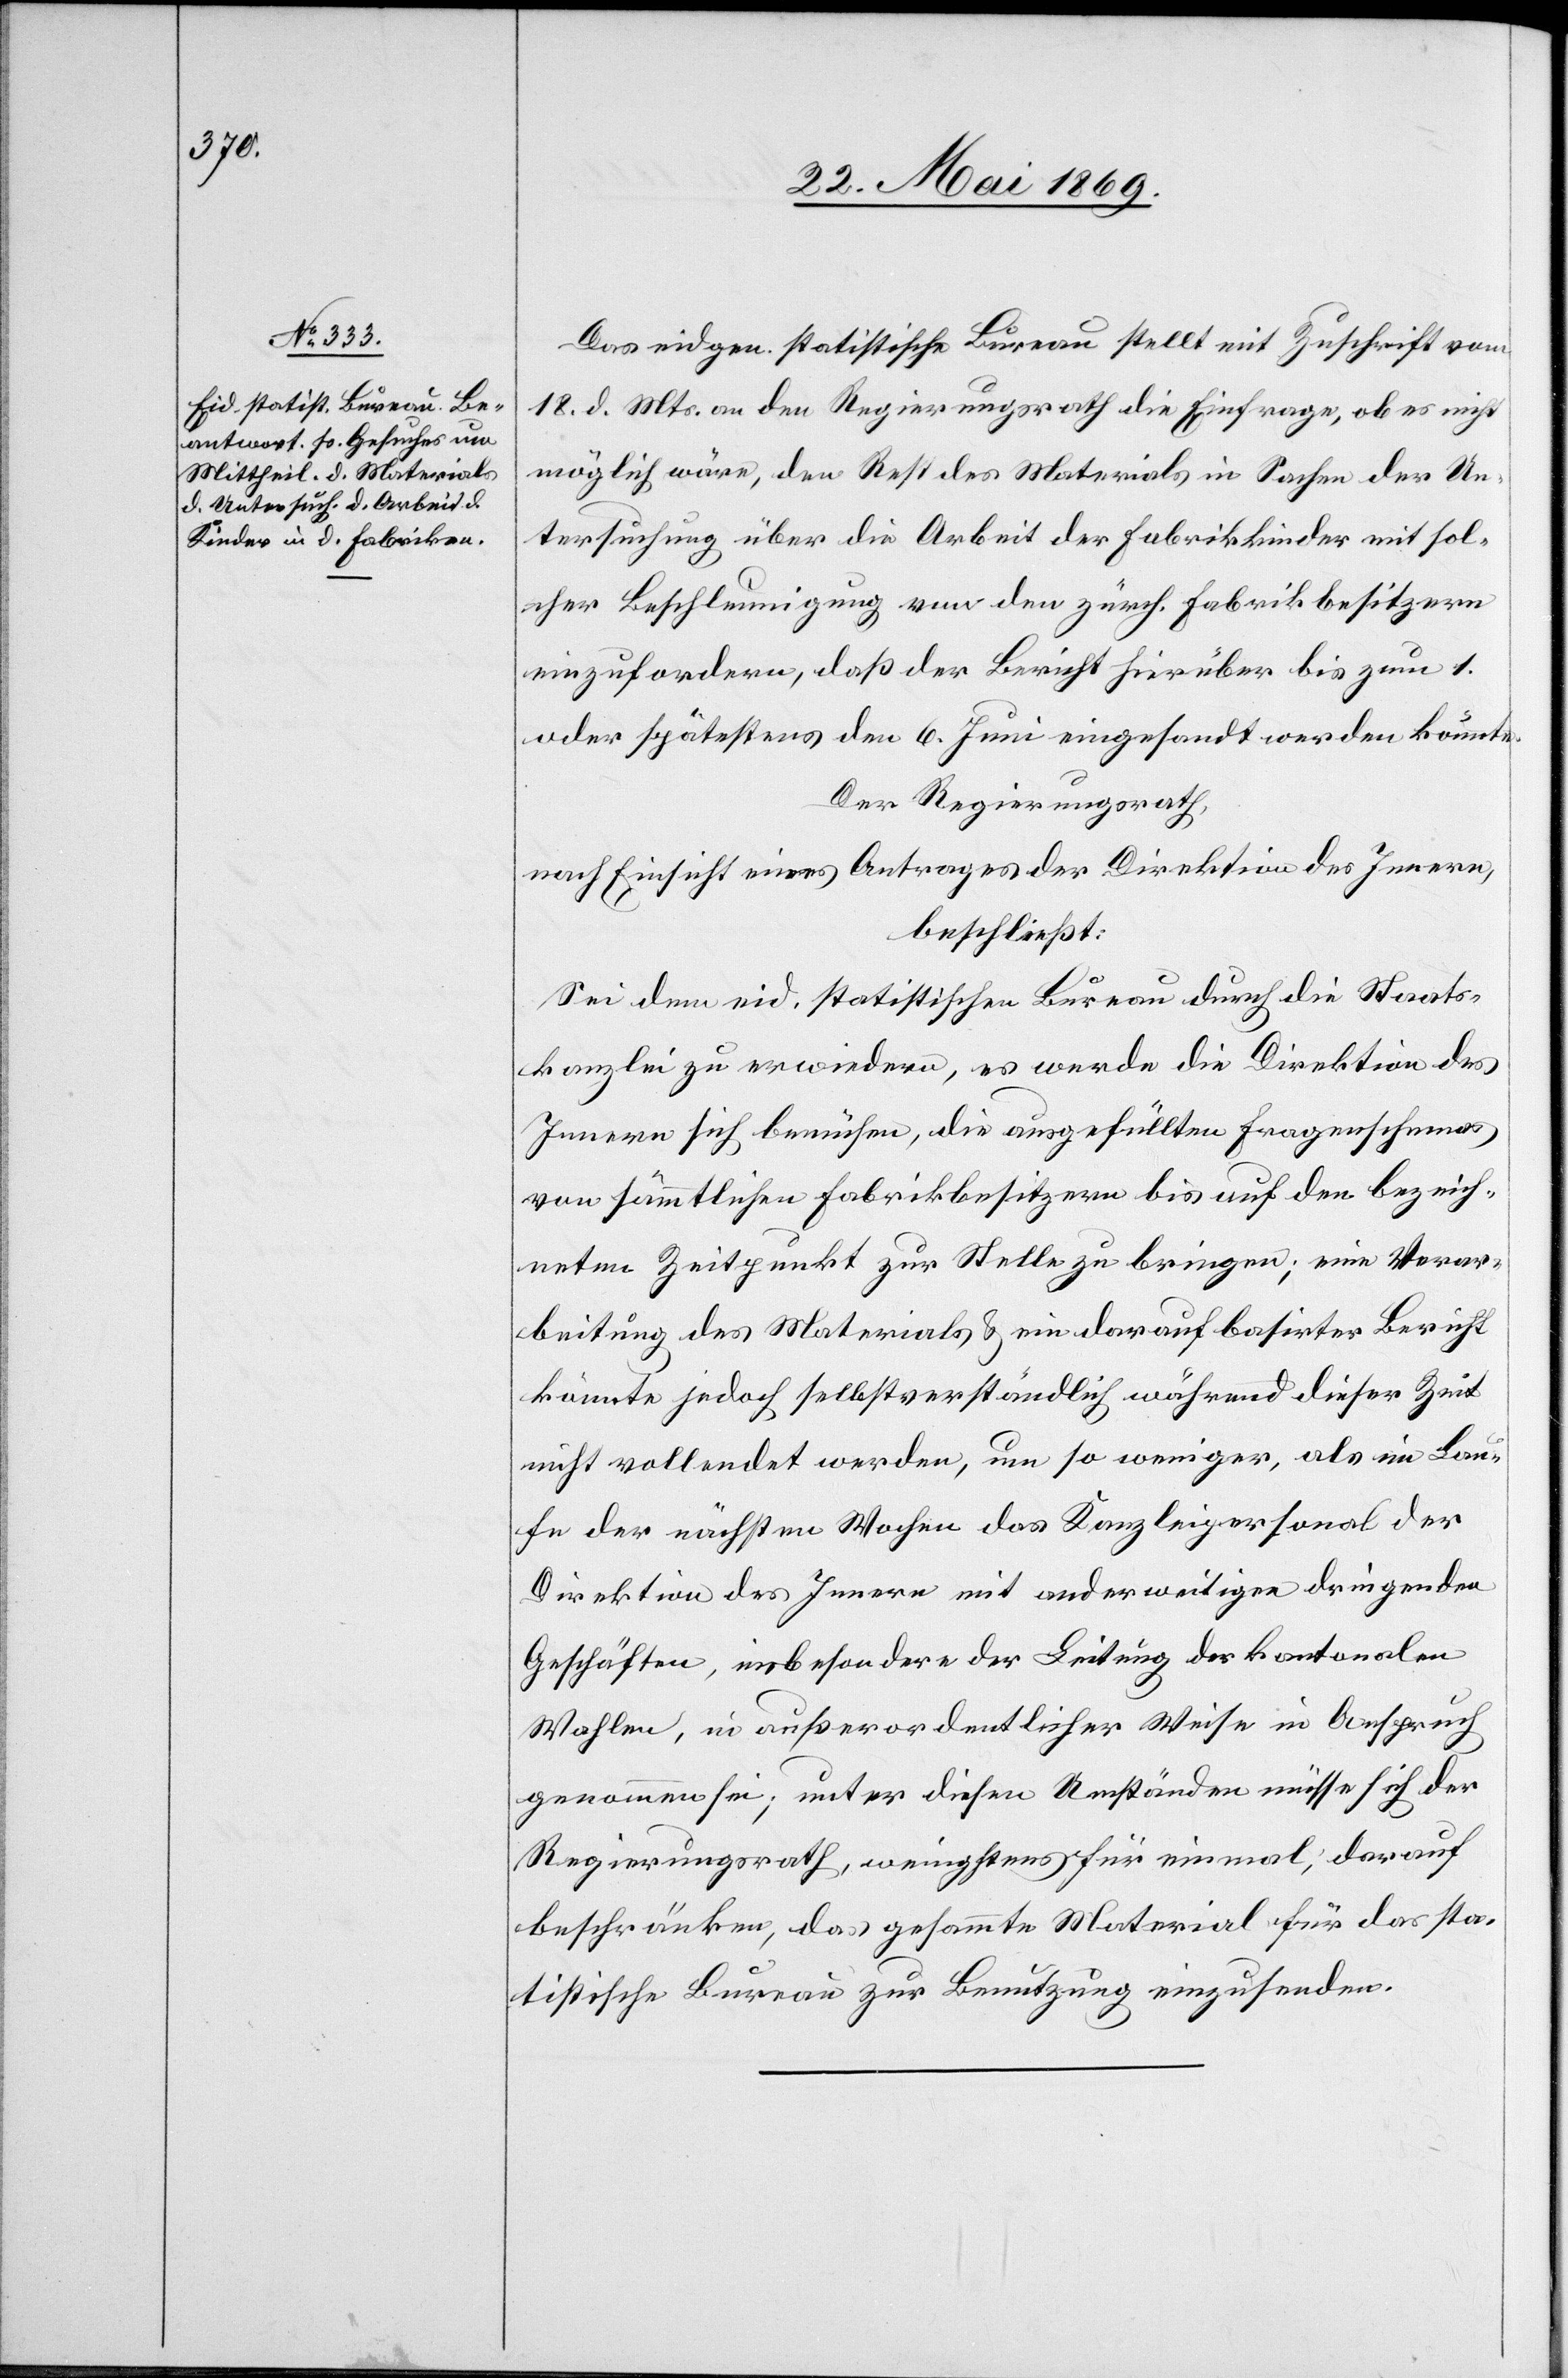
Das eidgen. statistische Bureau stellt mit Zuschrift vom
18. d. Mts. an den Regierungsrath die Einfrage, ob es nicht
möglich wäre, den Rest des Materials in Sachen der Un¬
tersuchung über die Arbeit der Fabrikkinder mit sol¬
cher Beschleunigung von den zürch. Fabrikbesitzern
einzufordern, daß der Bericht hierüber bis zum
Der Regierungsrath,
nach Einsicht eines Antrages der Direktion des Innern,
beschließt:
Sei dem eid. statistischen Bureau durch die Staats¬
kanzlei zu erwiedern, es werde die Direktion des
Innern sich bemühen, die ausgefüllten Fragenschemas
von sämmtlichen Fabrikbesitzern bis auf den bezeich¬
neten Zeitpunkt zur Stelle zu bringen; eine Verar¬
beitung des Materials u. ein darauf basirter Bericht
könnte jedoch selbstverständlich während dieser Zeit
nicht vollendet werden, um so weniger, als im Lau¬
fe der nächsten Wochen das Kanzleipersonal der
Direktion des Innern mit anderweitigen dringenden
Geschäften, insbesondere der Leitung der kantonalen
6.
Wahlen, in außerordentlicher Weise in Anspruch
genommen sei; unter diesen Umständen müsse sich jeder
Regierungsrath, wenigstens für einmal, darauf
beschränken, das gesammte Material für das sta¬
tistische Bureau zur Benutzung einzusenden.